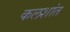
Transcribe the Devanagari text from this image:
कलशांत